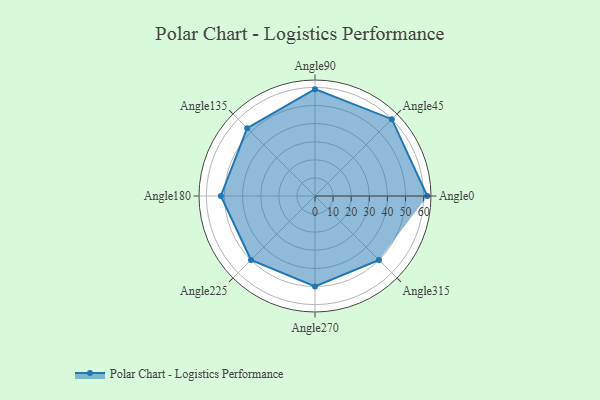
{"axis": {"x": "Angle", "y": "Radius"}, "legend": [""], "data": [{"x": "Angle0", "y": 62.0, "type": ""}, {"x": "Angle45", "y": 60.0, "type": ""}, {"x": "Angle90", "y": 59.0, "type": ""}, {"x": "Angle135", "y": 53.0, "type": ""}, {"x": "Angle180", "y": 52.0, "type": ""}, {"x": "Angle225", "y": 50.0, "type": ""}, {"x": "Angle270", "y": 50, "type": ""}, {"x": "Angle315", "y": 50, "type": ""}]}